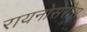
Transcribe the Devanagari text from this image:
रायनोसेरोस